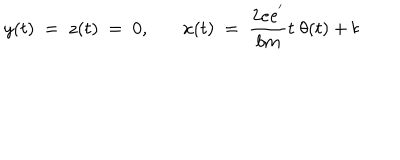
y ( t ) ~ = ~ z ( t ) ~ = ~ 0 , ~ x ( t ) ~ = ~ { \frac { 2 e e ^ { ' } } { b m } } t ~ \theta ( t ) + b